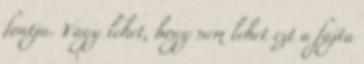
fontja. Vagy lehet, hogy nem lehet ezt a fajta